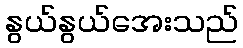
နွယ်နွယ်အေးသည်